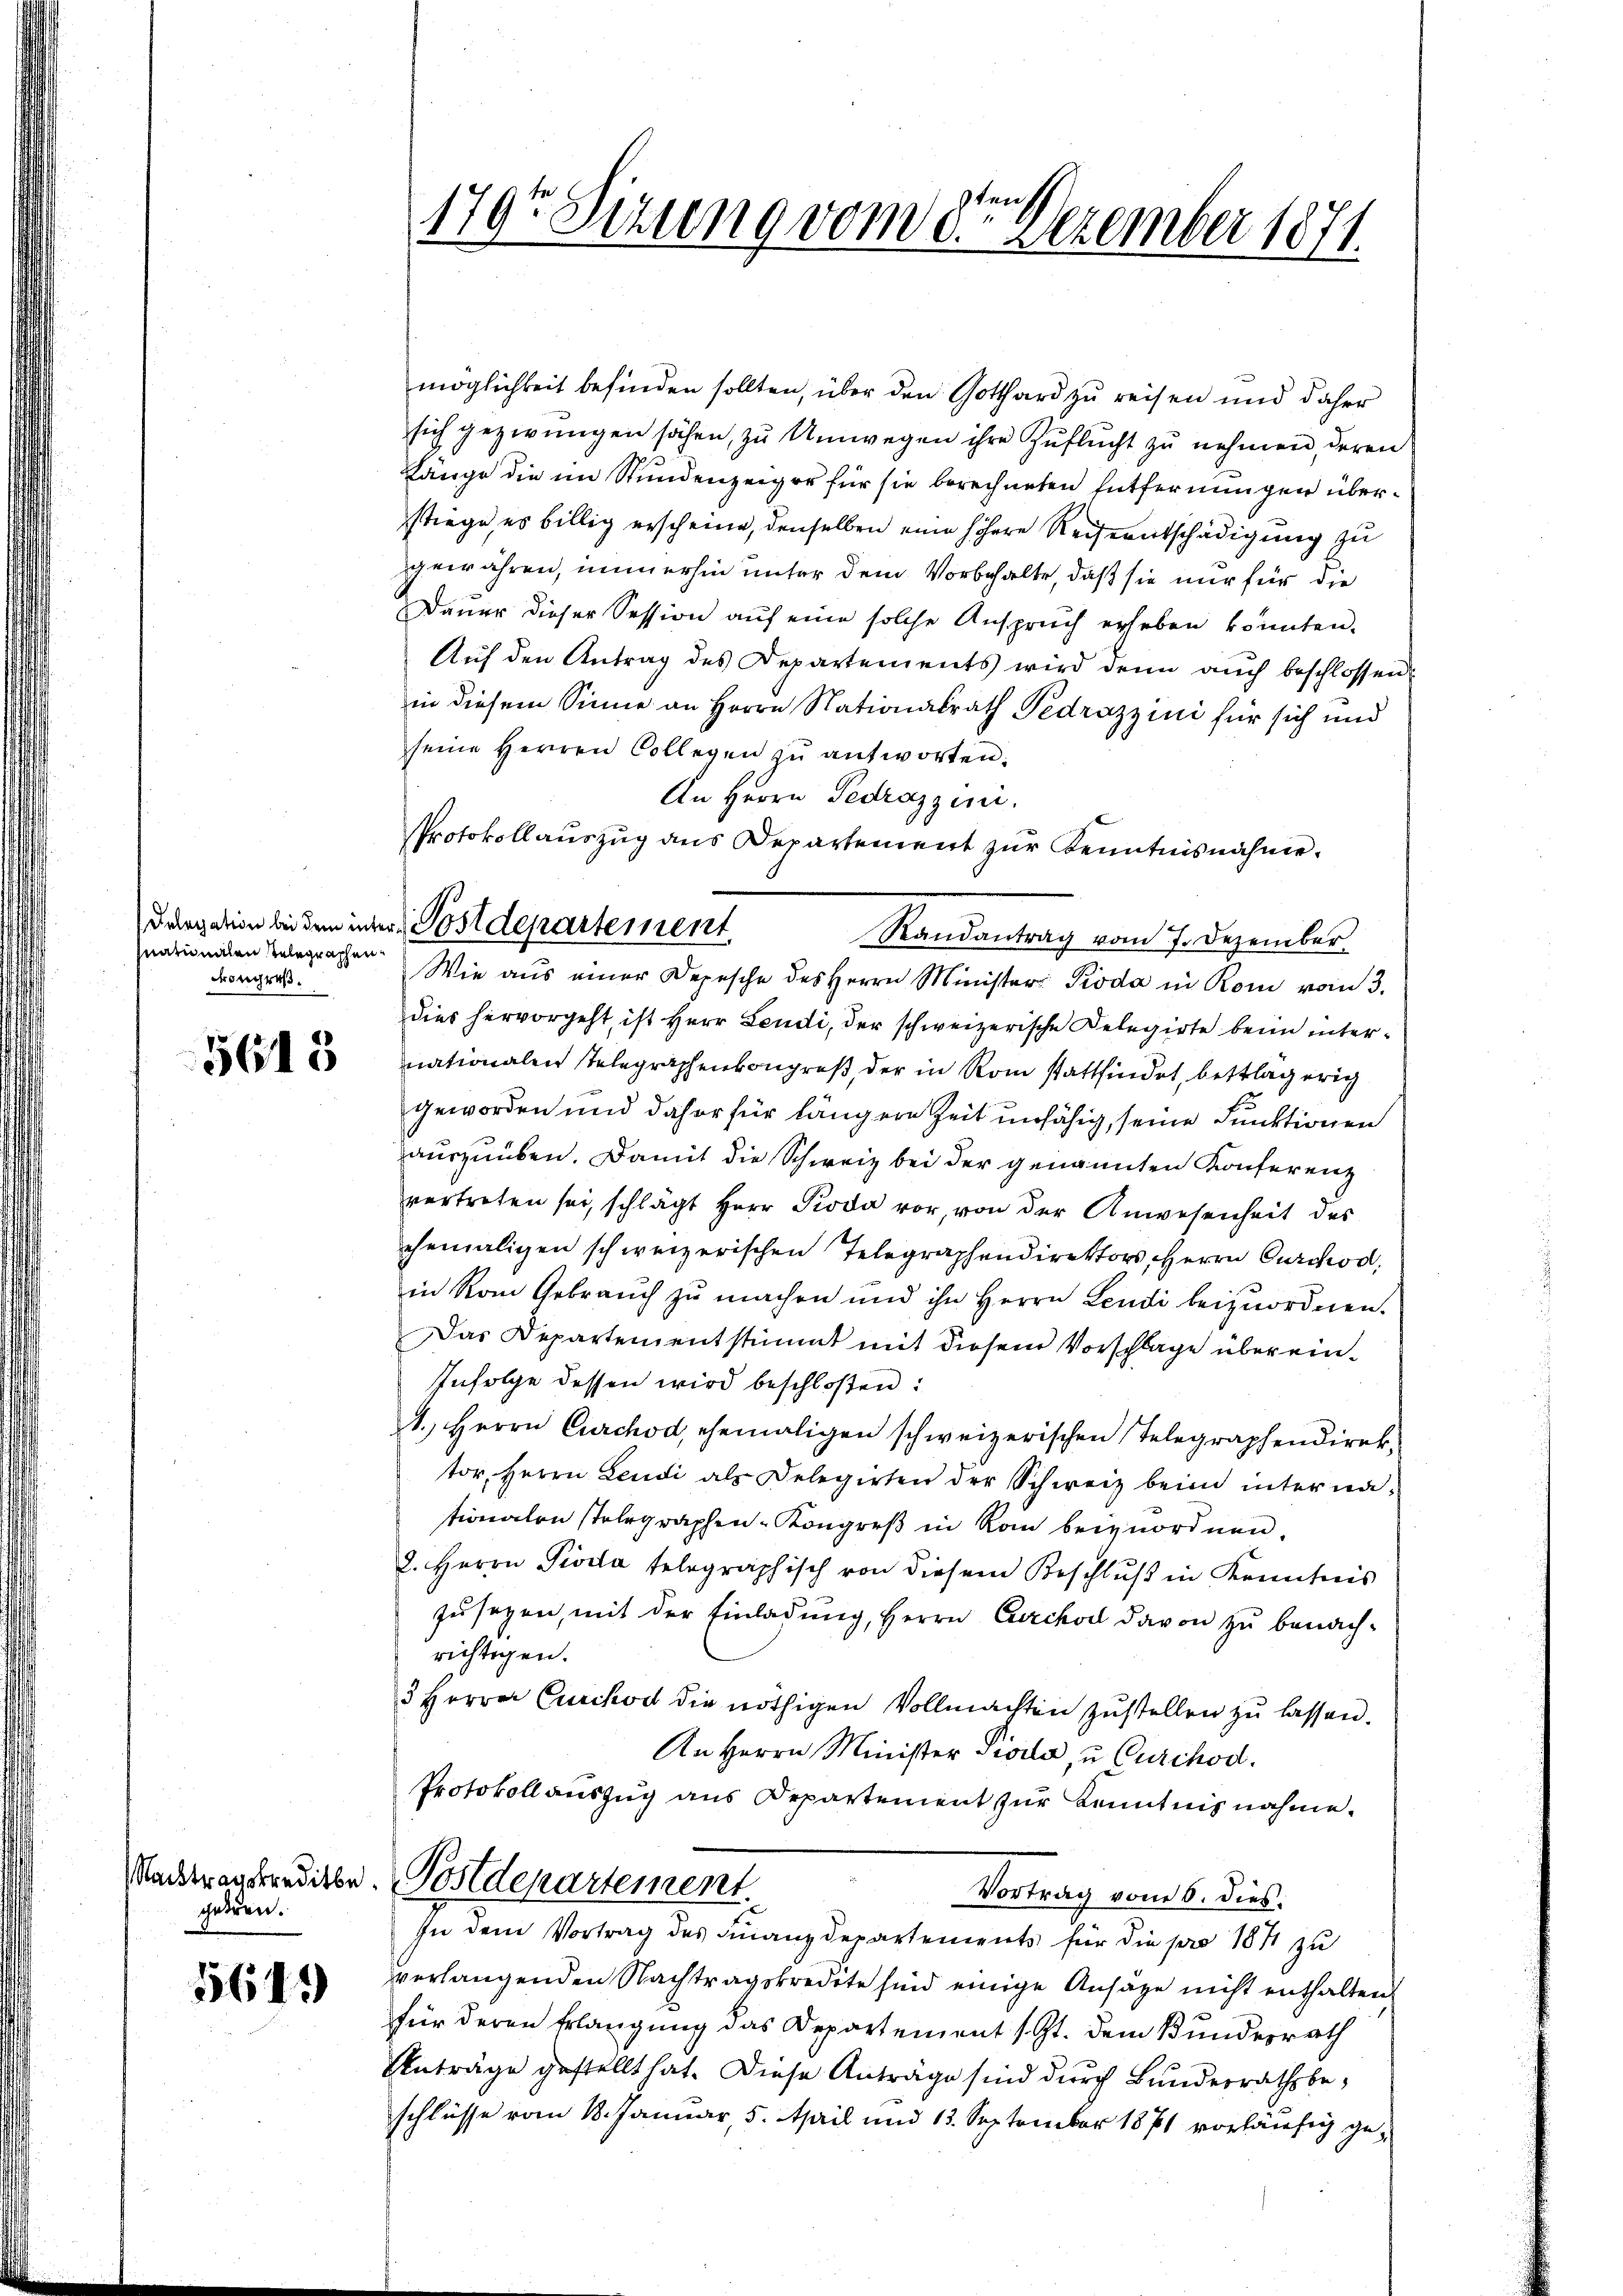
nationalen Telegraphen¬
Kongreß

5615

Nachtragskreditbe
gehren.

564.

ten so
179te Situng vom 8. Dezember 1871.

möglichkeit befinden sollten, über den Gotthard zu reisen und daher
sich gezwungen sähen, zŭ Umwegen ihre Zuflucht zŭ nehmen, deren
Länge die im Stundenzeiger für sie berechneten Entfernungen überstiege, es billig erscheine, denselben eine höhere Reiseentschädigung zu
gewähren, immerhin unter dem Vorbehalte, daß sie nur für die
Dauer dieser Session auf eine solche Anspruch erheben könnten.
Auf den Antrag des Departements wird denn auch beschlossen
in diesem Sinne an Herrn Nationalrath Pedrazzini für sich und
seine Herren Collegen zu antworten.
An Herrn Gedrazzin.
Protokollauszug aus Departement zur Kenntnisnahme.
Randantrag vom 7. Dezember
Wie aus einer Depesche des Herrn Minister Pioda in Rom vom 3.
dies hervorgeht, ist Herr Lendi, der schweizerische Delegirte beim internationalen stelegraphenkongreß, der in Rom stattfindet, bettlagerig
Geworden und daher für längere Zeit unfähig, seine Funktionen
auszuüben. Damit die Schweiz bei der genannten Konferenz
vertreten sei, schlägt Herr Pioda vor, von der Anwesenheit des
ehemaligen schweizerischen Telegraphendirektors, Herrn Durchod,
in vom Gebrauch zu machen und ihn Herrn Lendi beizuordnen.
Das Departementstimmt mit diesem Vorschlage überein¬
Infolge dessen wird beschloßen:
1. Herrn Curchod, ehemaligen schweizerischen Telegraphendirek-
tor, Herrn Leudi als Delegirten der Schweiz beim internationalen stelegraphen- Kongreß in kam beizuordnen.
2. Herrn Pisela telegraphisch von diesem Beschlŭβ in Kenntnis
zusagen, mit der Einladung, Herrn Curchsel davon zu benachrichtigen.
5 Herren Curckow die nöthigen Vollmachten zŭstellen zŭ lassen.
An Herrn Minister Pioda, u Curihod.
Protokollauszug aus Departement zur Kenntnisnahme.
Postdepartement.
Vortrag vom 6. dies.
In dem Vortrag des Finanzdepartements für die pro 1871 zu
verlangenden Nachtragskredete sind einige Ansage nicht enthalten.
für deren Erlangung das Departement st. dem Bundesrath
Anträge gestellt hat. Diese Antrage sind durch Bundesrathsbeschlüsse vom 18. Januar 5. April und 13. September 1871 vorläufig ge¬

Dargation bei dem inter Postdepartement